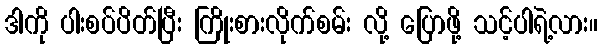
ဒါကို ပါးစပ်ပိတ်ပြီး ကြိုးစားလိုက်စမ်း လို့ ပြောဖို့ သင့်ပါရဲ့လား။